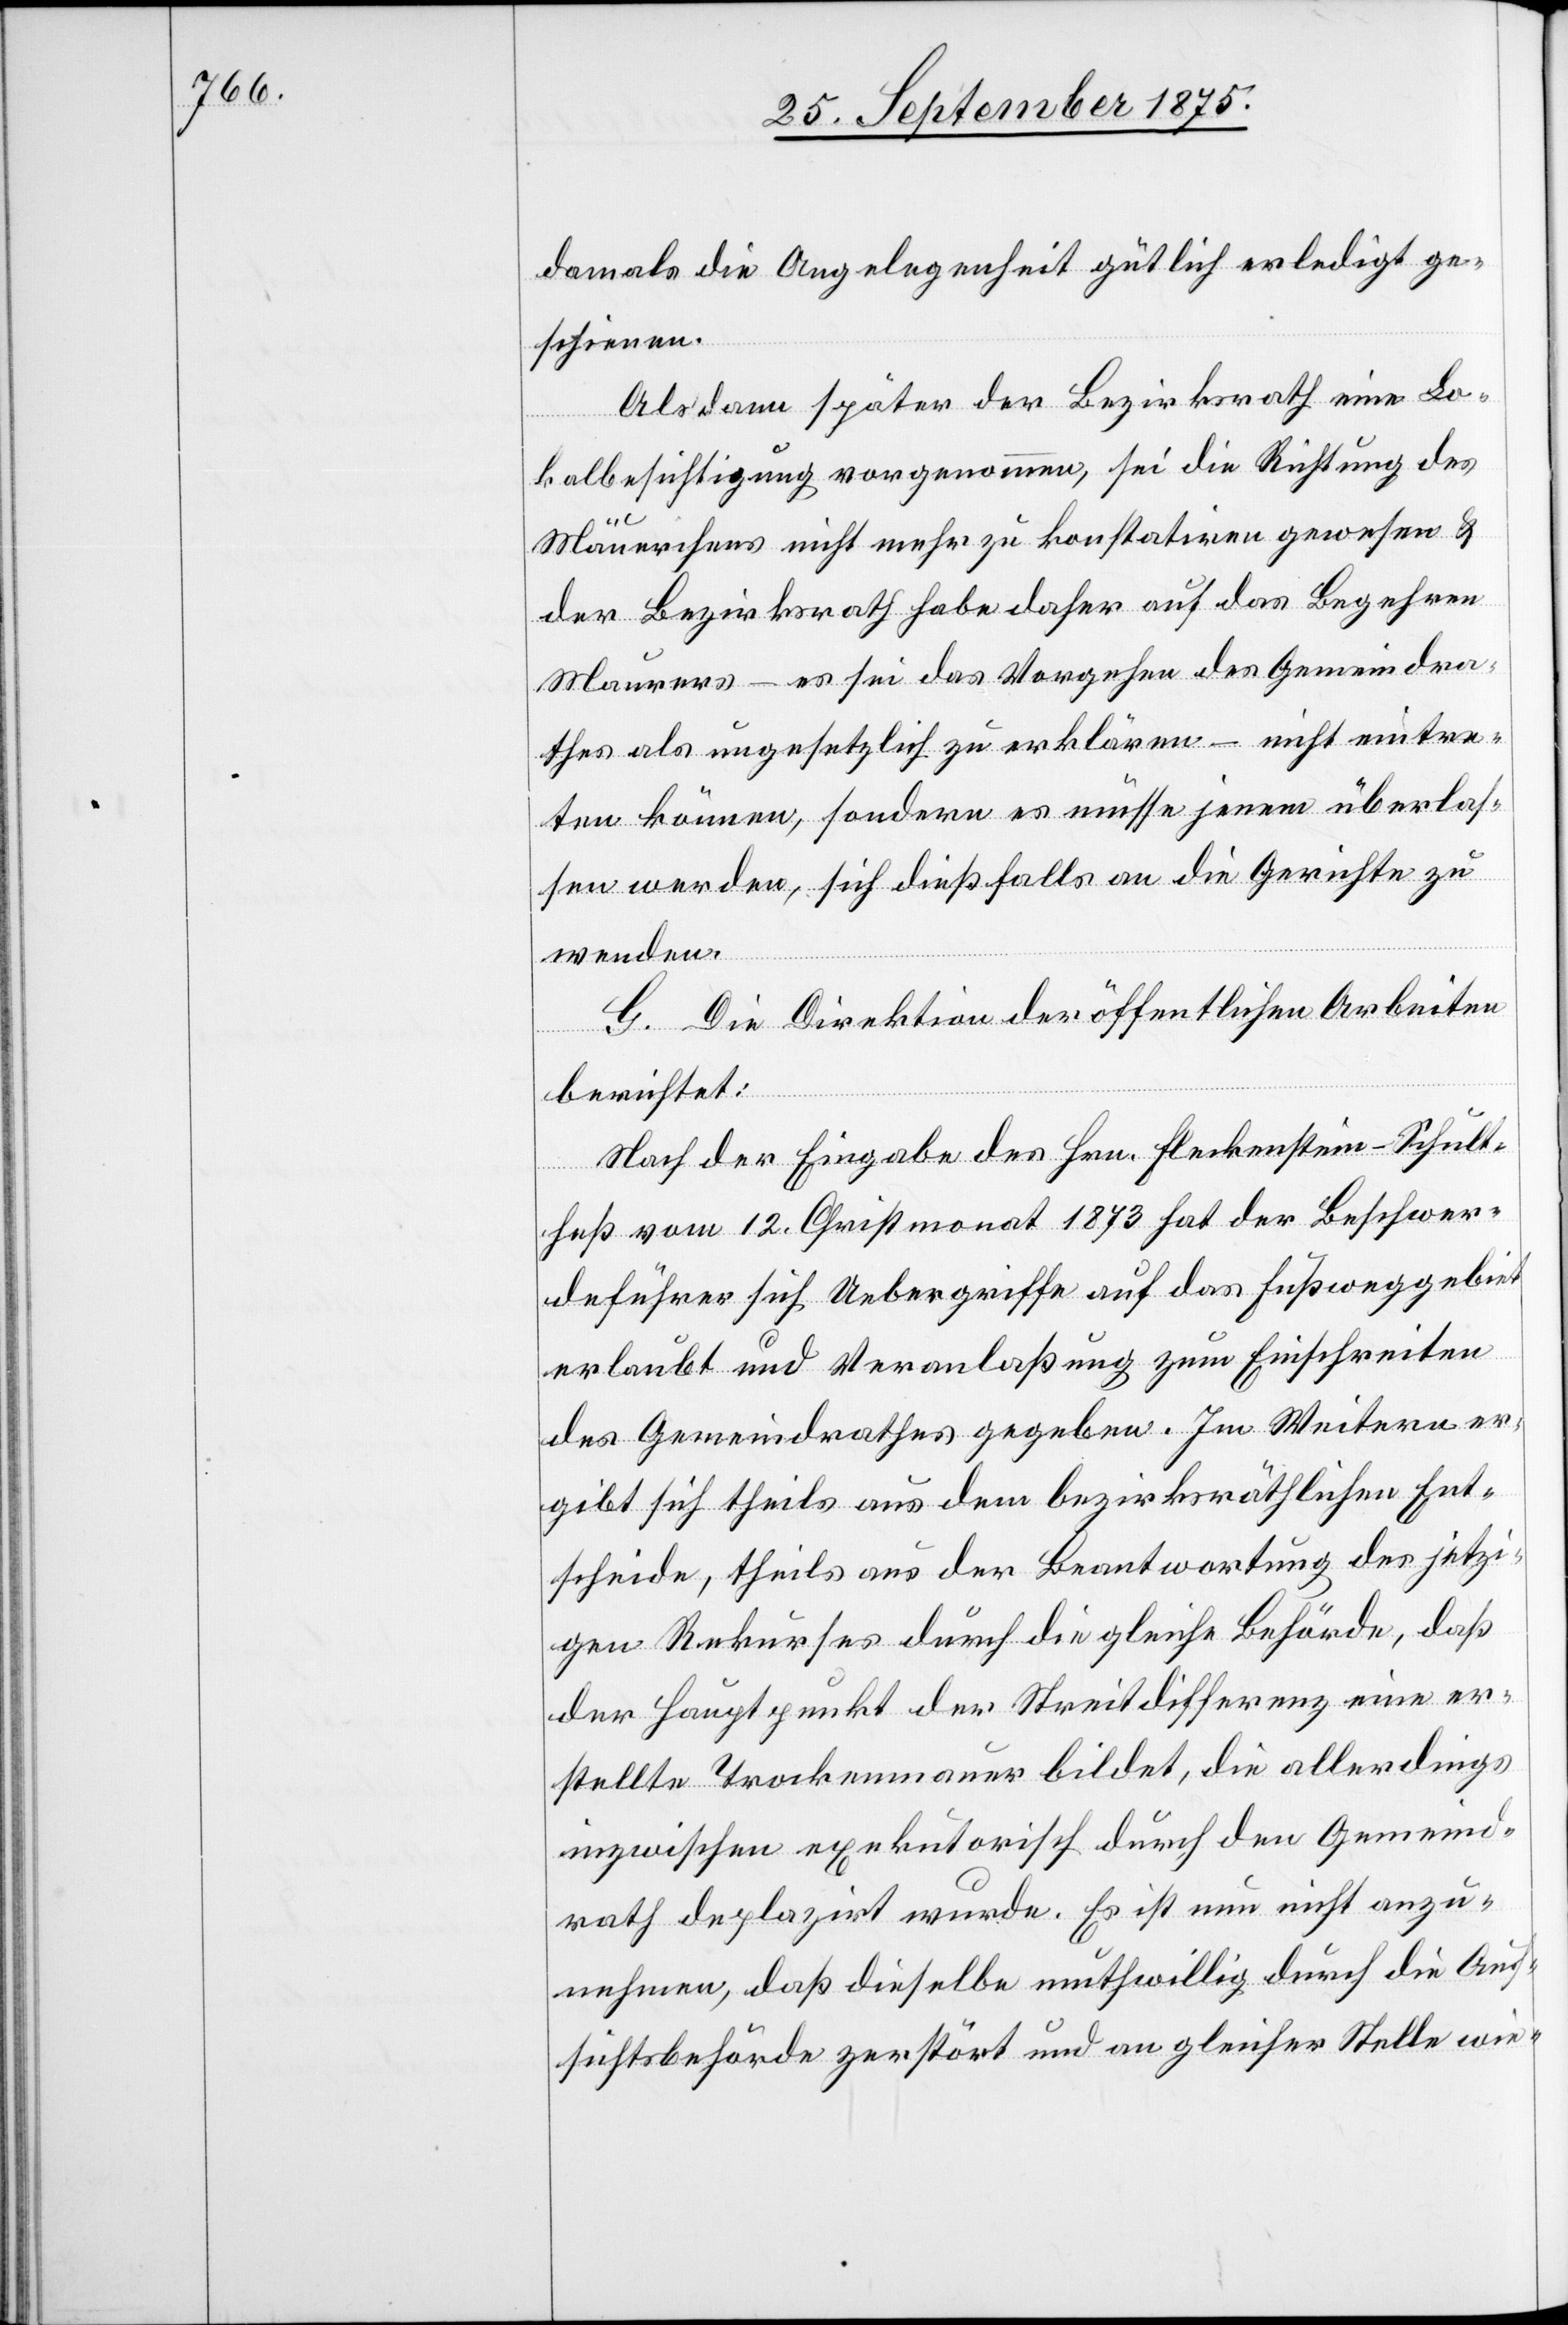
damals die Angelegenheit gütlich erledigt ge¬
schienen.
Als dann später der Bezirksrath eine Lo¬
kalbesichtigung vorgenommen, sei die Richtung des
Mäuerchens nicht mehr zu konstatiren gewesen &
der Bezirksrath habe daher auf das Begehren
Maurers – es sei das Vorgehen des Gemeindra¬
thes als ungesetzlich zu erklären – nicht eintre¬
ten können, sondern es müsse jenem überlas¬
sen werden, sich dießfalls an die Gerichte zu
wenden.
G. Die Direktion der öffentlichen Arbeiten
berichtet:
Nach der Eingabe des Hrn. Fleckenstein-Schult¬
heß vom 12. Christmonat 1873 hat der Beschwer¬
deführer sich Uebergriffe auf das Fußweggebiet
erlaubt und Veranlaßung zum Einschreiten
des Gemeindrathes gegeben. Im Weitern er¬
gibt sich theils aus dem bezirksräthlichen Ent¬
scheide, theils aus der Beantwortung des jetzi¬
gen Rekurses durch die gleiche Behörde, daß
der Hauptpunkt der Streitdifferenz eine er¬
stellte Trockenmauer bildet, die allerdings
inzwischen exekutorisch durch den Gemeind¬
rath deplazirt wurde. Es ist nun nicht anzu¬
nehmen, daß dieselbe muthwillig durch die Auf¬
sichtsbehörde zerstört und an gleicher Stelle wie-